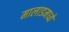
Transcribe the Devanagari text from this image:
मालाडमध्ये